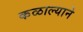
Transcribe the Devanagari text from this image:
कळाल्याने